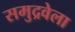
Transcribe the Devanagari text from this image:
समुद्रवेला